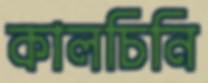
কালচিনি